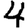
Digit: 4